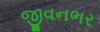
જીવનભર